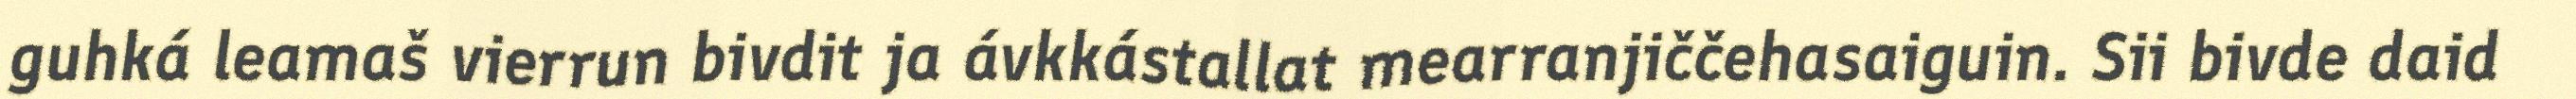
guhká leamaš vierrun bivdit ja ávkkástallat mearranjiččehasaiguin. Sii bivde daid